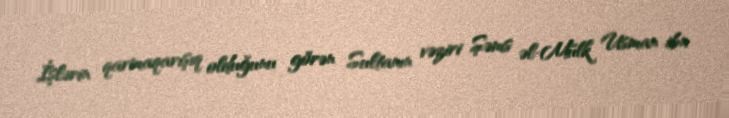
İşlərin qarmaqarışıq olduğunu görən Sultanın vəziri Şəms əl-Mülk Usman ibn